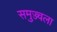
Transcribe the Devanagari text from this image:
समुज्ज्वला